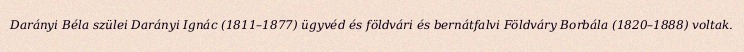
Darányi Béla szülei Darányi Ignác (1811–1877) ügyvéd és földvári és bernátfalvi Földváry Borbála (1820–1888) voltak.